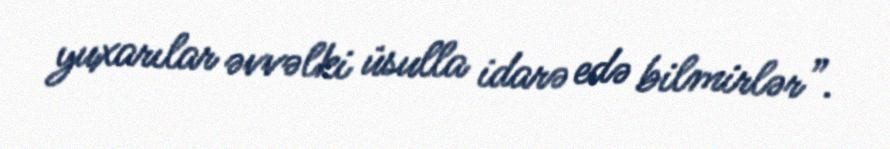
yuxarılar əvvəlki üsulla idarə edə bilmirlər”.